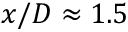
x / D \approx 1 . 5